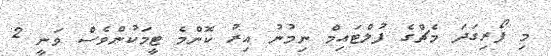
މި ފޯރިގަދަ މެޗްގެ ފުލްޓައިމް ނިމުނު އިރު ކޮންމެ ޓީމަކުންވެސް ވަނީ 2